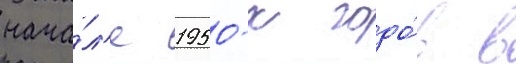
нача́л'е 1950-х годо́в в